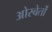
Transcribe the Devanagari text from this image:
ओस्बेर्तों